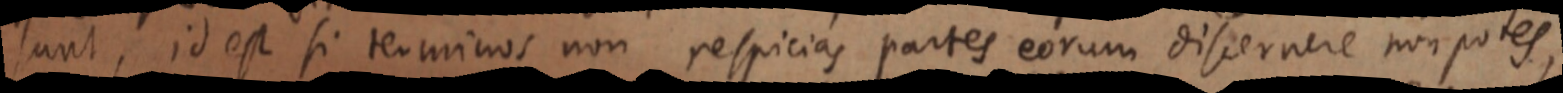
sunt, id est si terminos non respicias partes eorum discernere non potes,